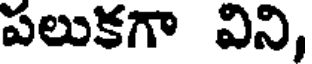
పలుకగా విని,